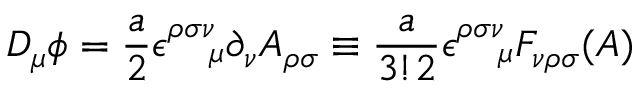
D _ { \mu } \phi = \frac { a } { 2 } \epsilon _ { ~ ~ ~ \mu } ^ { \rho \sigma \nu } \partial _ { \nu } A _ { \rho \sigma } \equiv \frac { a } { 3 ! 2 } \epsilon _ { ~ ~ ~ \mu } ^ { \rho \sigma \nu } F _ { \nu \rho \sigma } ( A )